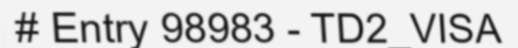
# Entry 98983 - TD2_VISA